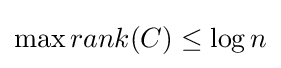
\max {rank(C)}\leq \log n